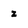
Character: z